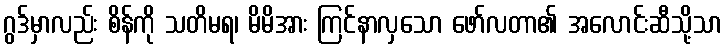
ဂွဒ်မှာလည်း စိန်ကို သတိမရ၊ မိမိအား ကြင်နာလှသော ဖော်လတာ၏ အလောင်းဆီသို့သာ